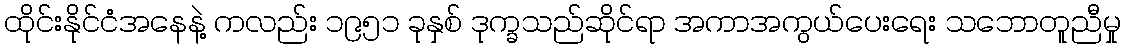
ထိုင်းနိုင်ငံအနေနဲ့ ကလည်း ၁၉၅၁ ခုနှစ် ဒုက္ခသည်ဆိုင်ရာ အကာအကွယ်ပေးရေး သဘောတူညီမှု